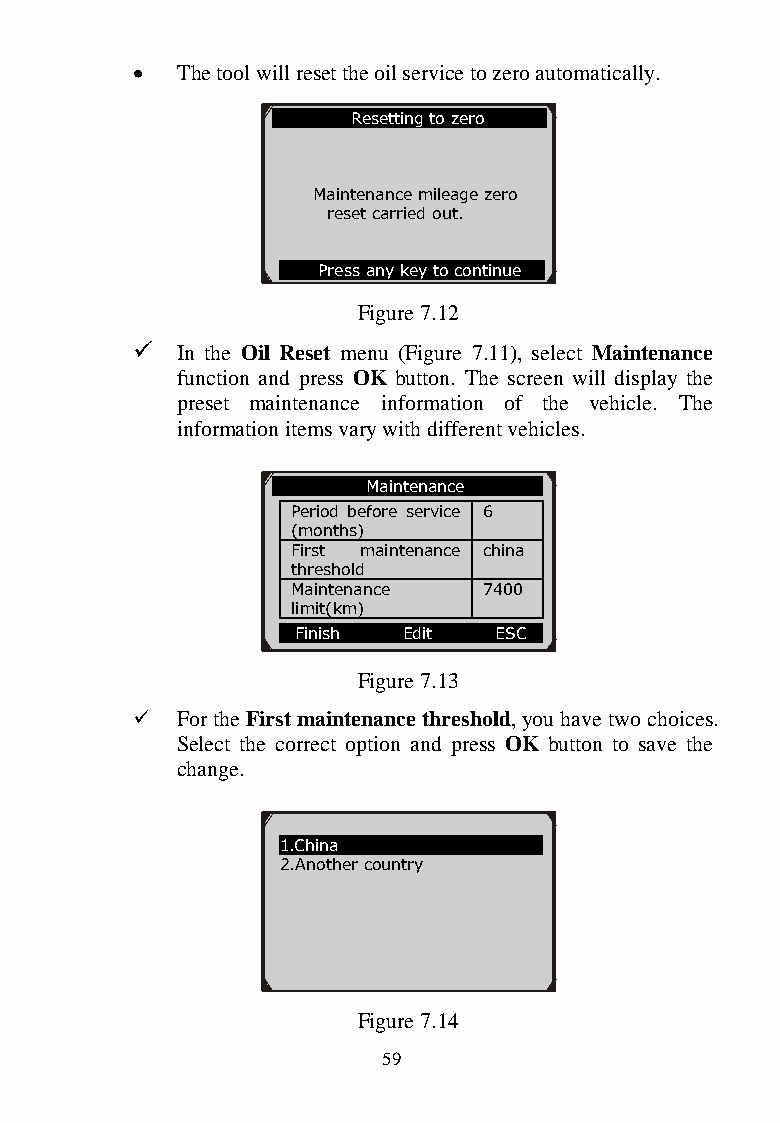
  The tool will reset the oil service to zero automatically.
 Resetting to zero
 Maintenance mileage zero
 reset carried out.
 Press any key to continue
 Figure 7.12
   In the Oil Reset menu (Figure 7.11), select Maintenance
 function and press OK button. The screen will display the
 preset maintena nce information of the vehicle. The
 information items vary with different vehicles.
 Maintenance
 Period before service 6
 (months)
 First maintenance china
 thres hold
 Main tenance 7400
 limit( km)
 Finis h Edit ESC
 Figure 7.13
   For the First mai n t e nance threshold, you have two choices.
 Select the correct option and press OK button to save the
 change.
 1.Chin a
 2.Anot her country
 Figure 7.14
 59